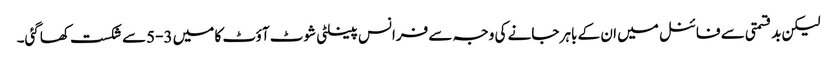
لیکن بدقسمتی سے فائنل میں ان کے باہر جانے کی وجہ سے فرانس پینلٹی شوٹ آؤٹ کا میں 3-5سے شکست کھاگئی۔